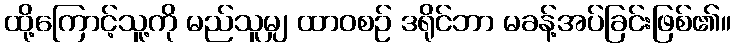
ထို့ကြောင့်သူ့ကို မည်သူမျှ ထာဝစဉ် ဒရိုင်ဘာ မခန့်အပ်ခြင်းဖြစ်၏။